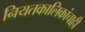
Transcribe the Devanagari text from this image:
नियतकालिकांचाही